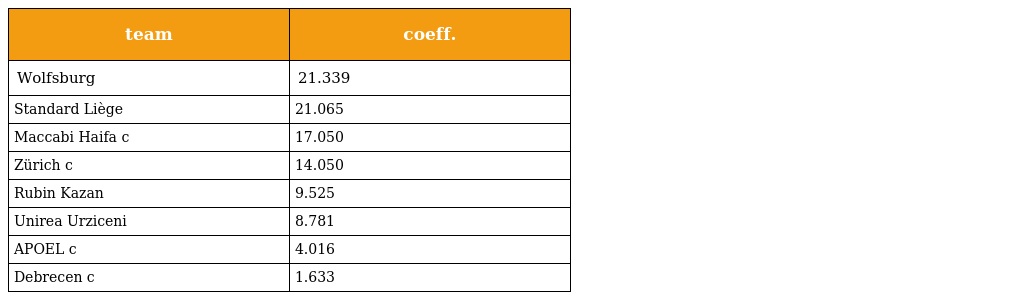
| team | coeff. |
 | --- | --- |
 | Wolfsburg | 21.339 |
 | Standard Liège | 21.065 |
 | Maccabi Haifa c | 17.050 |
 | Zürich c | 14.050 |
 | Rubin Kazan | 9.525 |
 | Unirea Urziceni | 8.781 |
 | APOEL c | 4.016 |
 | Debrecen c | 1.633 |